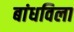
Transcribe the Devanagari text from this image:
बांधविला